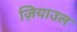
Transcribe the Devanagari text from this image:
ज़ियाउल